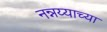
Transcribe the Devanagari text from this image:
नन्नय्याच्या